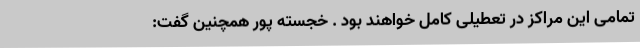
تمامی این مراکز در تعطیلی کامل خواهند بود . خجسته پور همچنین گفت: